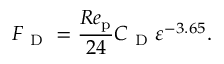
{ F _ { \mathrm { ~ D ~ } } } = \frac { R e _ { \mathrm { p } } } { 2 4 } { C _ { \mathrm { ~ D ~ } } } \varepsilon ^ { - 3 . 6 5 } .